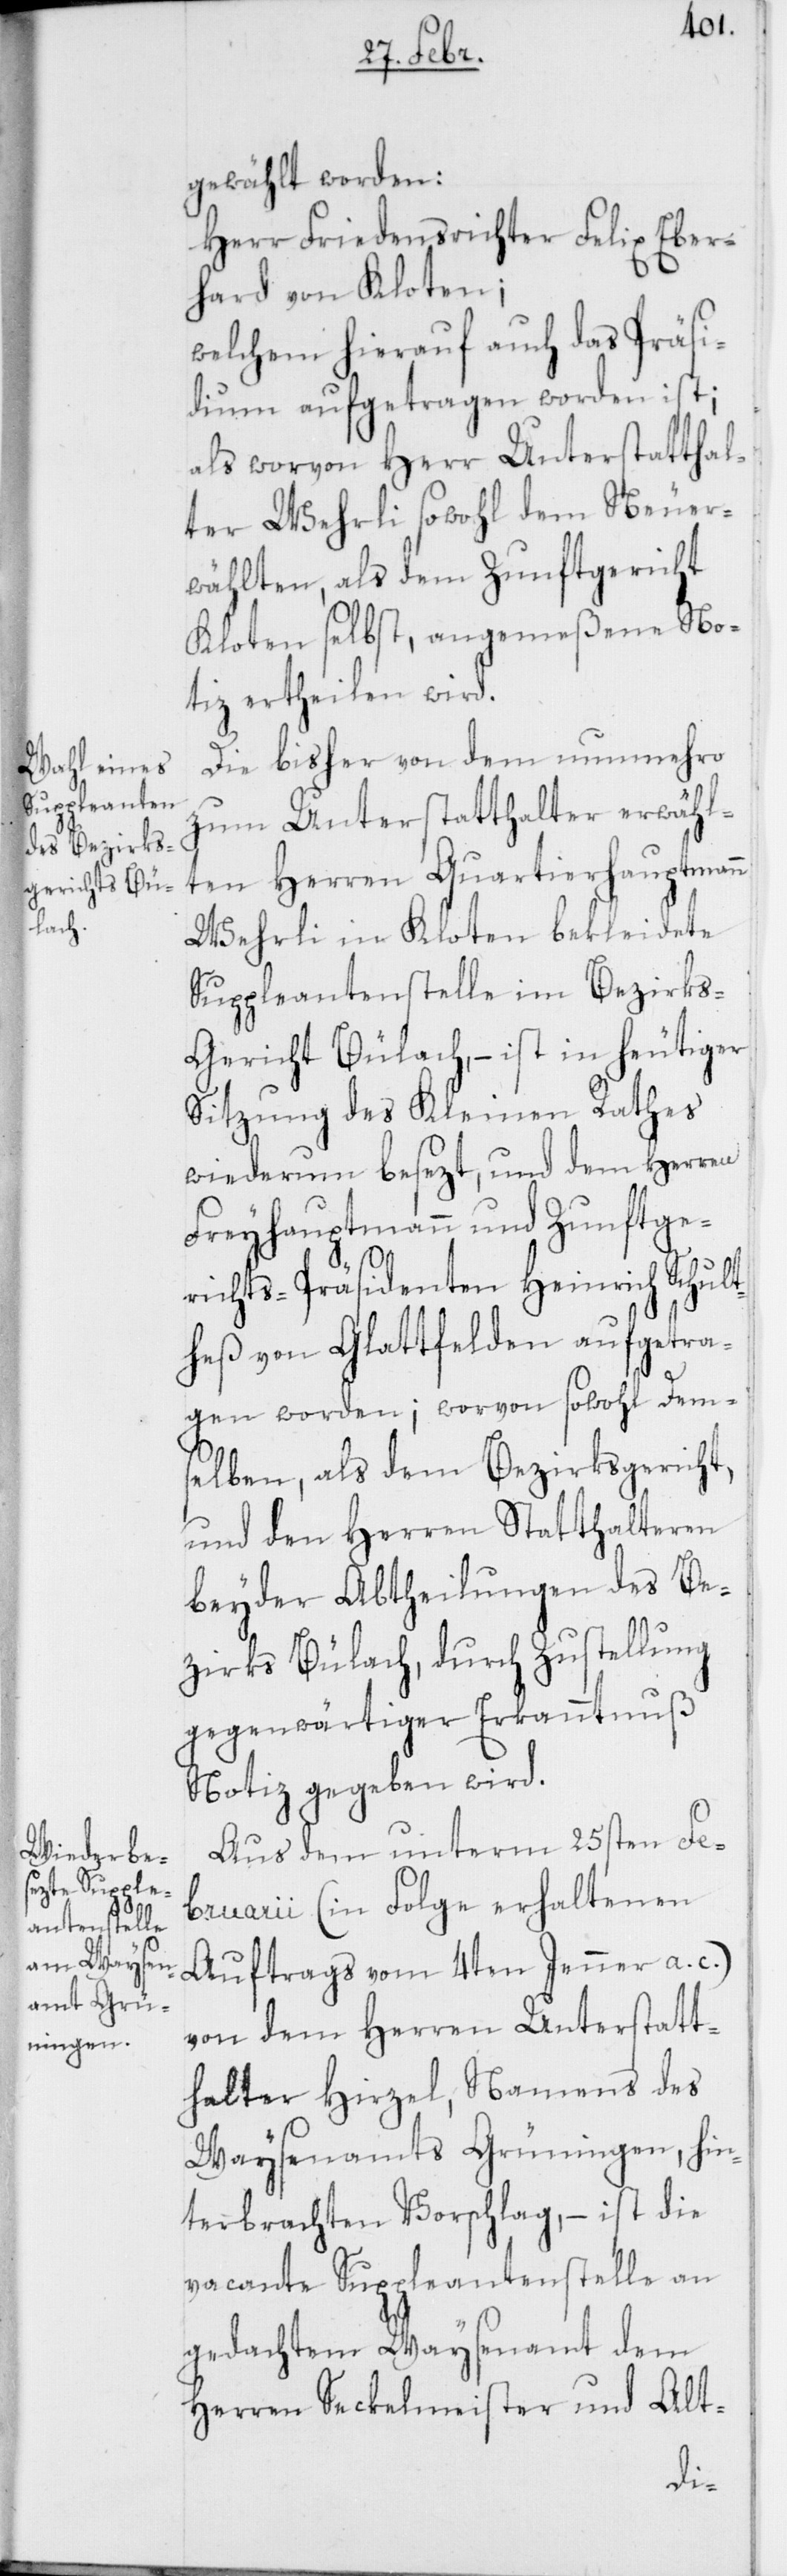
gewählt worden:
Herr Friedensrichter Felix Eber¬
hard von Kloten;
welchem hierauf auch das Präsi¬
dium aufgetragen worden ist;
als worvon Herr Unterstatthal¬
ter Wehrli sowohl dem Neuer¬
wählten, als dem Zunftgericht
Kloten selbst, angemeßene No¬
tiz ertheilen wird.
Die bisher von dem nunmehro
zum Unterstatthalter erwähl¬
ten Herren Quartierhauptmann
Wehrli in Kloten bekleidete
Suppleantenstelle im Bezirks-G¬
ericht Bülach, – ist in heutiger
Sitzung des Kleinen Rathes
wiederum besezt, und dem Herren
Freyhauptmann und Zunftge¬
richts-Präsidenten Heinrich Schult¬
heß von Glattfelden aufgetra¬
gen worden; worvon sowohl Dem¬
selben, als dem Bezirksgericht,
und den Herren Statthalteren
beyder Abtheilungen des Be¬
zirks Bülach, durch Zustellung
gegenwärtiger Erkanntnuß
Notiz gegeben wird.
Aus dem unterm 25sten Fe¬
bruarii (in Folge erhaltenen
Auftrags vom 4ten Jenner a. c.)
von dem Herren Unterstatt¬
halter Hirzel, Namens des
Waysenamts Grüningen, hin¬
terbrachten Vorschlag, – ist die
vacante Suppleantenstelle an
gedachtem Waysenamt dem
Herren Seckelmeister und Alt-